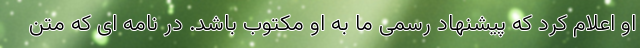
او اعلام کرد که پیشنهاد رسمی ما به او مکتوب باشد. در نامه ای که متن